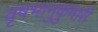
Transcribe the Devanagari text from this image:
वृषभानुकुमारी